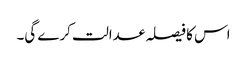
اس کا فیصلہ عدالت کرے گی۔